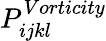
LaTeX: P_{ijkl}^{Vorticity}